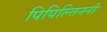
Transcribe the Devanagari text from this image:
पिपिल्तिननी